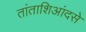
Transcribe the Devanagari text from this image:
तांताशिआंदसे